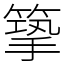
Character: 篫